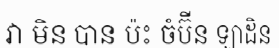
វា មិន បាន ប៉ះ ចំប៊ីន ឡាដិន